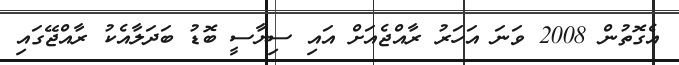
އެގޮތުން 2008 ވަނަ އަހަރު ރާއްޖެއަށް އައި ސިޔާސީ ބޮޑު ބަދަލާއެކު ރާއްޖޭގައި